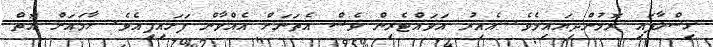
ގިސްލާފައި ރޮމުންދިޔައިމެވެ. އެއިރު އަވައްޓެރިން ވެސް އެތަނަށް އެއްވާން ފަށައިފިއެވެ. ހާމައަށް އޮތް